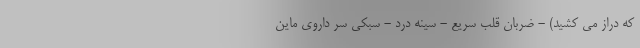
که دراز می کشید) - ضربان قلب سریع - سینه درد - سبکی سر داروی ماین